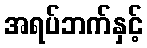
အရပ်ဘက်နှင့်